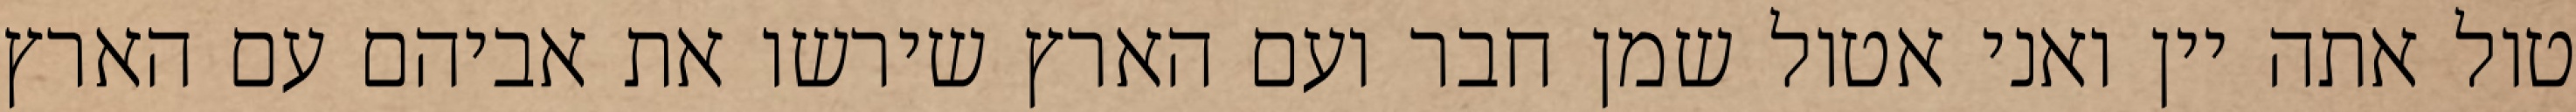
טול אתה יין ואני אטול שמן חבר ועם הארץ שירשו את אביהם עם הארץ